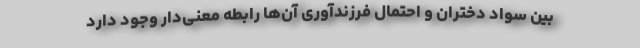
بین سواد دختران و احتمال فرزندآوری آن‌ها رابطه معنی‌دار وجود دارد